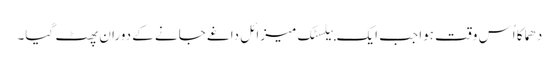
دھماکا اُس وقت ہوا جب ایک بیلسٹک میزائل داغے جانے کے دوران پھٹ گیا۔